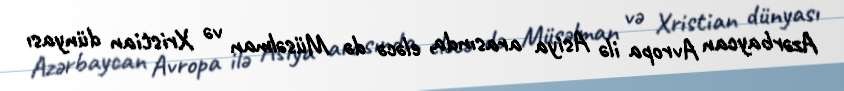
Azərbaycan Avropa ilə Asiya arasında, eləcə də Müsəlman və Xristian dünyası